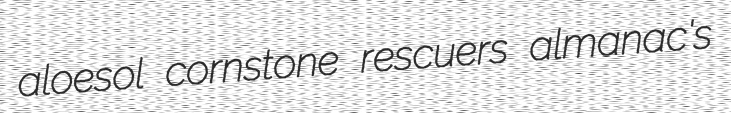
aloesol cornstone rescuers almanac's